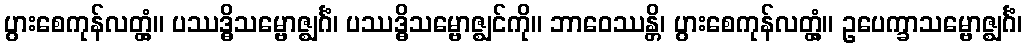
ပွားစေကုန်လတ္တံ့။ ပဿဒ္ဓိသမ္ဗောဇ္ဈင်္ဂံ၊ ပဿဒ္ဓိသမ္ဗောဇ္ဈင်ကို။ ဘာဝေဿန္တိ၊ ပွားစေကုန်လတ္တံ့။ ဥပေက္ခာသမ္ဗောဇ္ဈင်္ဂံ၊